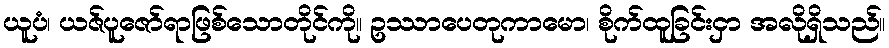
ယူပံ၊ ယဇ်ပူဇော်ရာဖြစ်သောတိုင်ကို။ ဥဿာပေတုကာမော၊ စိုက်ထူခြင်းငှာ အလိုရှိသည်။